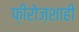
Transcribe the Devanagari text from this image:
फ़ीरोज़शाही